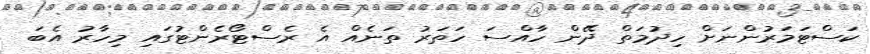
ކަސްޓަމަރުންނަށް ހިދުމަތް ދޭން ހާއްސަ ހަތަރު ތަނެއް އެ ރެސްޓޯރެންޓުގައި މިހާރު އެބަ